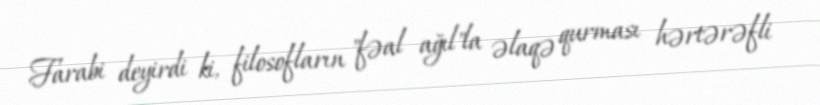
Farabi deyirdi ki, filosofların "fəal ağıl"la əlaqə qurması hərtərəfli